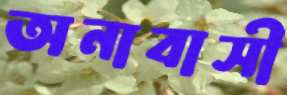
অনাবাসী